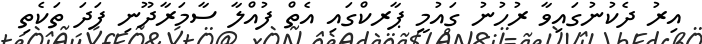
އިރު ދެކުނުގައިވާ ރުހުނު ގައުމީ ޕާރކްގައި އެތް ފުއްލާ ސާމަރާދޫނި ފަދަ ތަކެތި